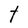
Character: t